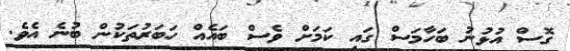
ގޮސް އުޅުނު ބަހާމަސް ގައި ކަމަށް ވެސް ބަައެއް ހަބަރުތަކުން ބުނެ އެވެ.